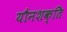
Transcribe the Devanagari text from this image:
यौनशक्ति